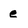
Character: e